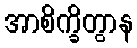
အာစိက္ခိတွာန